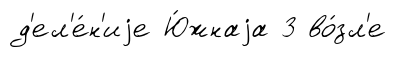
д'ел'е́н'иjе Ю́жнаjа 3 во́зл'е